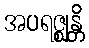
အပရဇ္ဈန္တိ